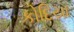
કોદિયા